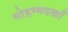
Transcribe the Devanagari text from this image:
मोहम्मदखाँ